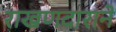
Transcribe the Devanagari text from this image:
राखणदाराने